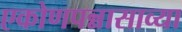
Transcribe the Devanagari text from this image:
एकोणपन्नासाव्या